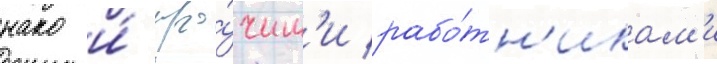
нако и́ про́чим'и рабо́тн'икам'и